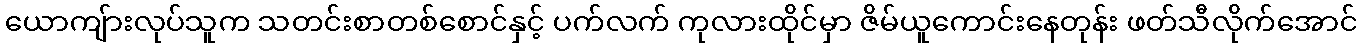
ယောကျ်ားလုပ်သူက သတင်းစာတစ်စောင်နှင့် ပက်လက် ကုလားထိုင်မှာ ဇိမ်ယူကောင်းနေတုန်း ဖတ်သီလိုက်အောင်